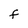
Character: F